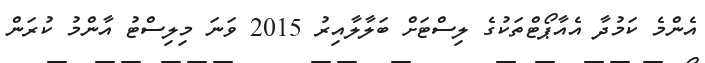
އެންމެ ކަމުދާ އެއާޕޯޓްތަކުގެ ލިސްޓަށް ބަލާލާއިރު 2015 ވަނަ މިލިސްޓު އާންމު ކުރަން